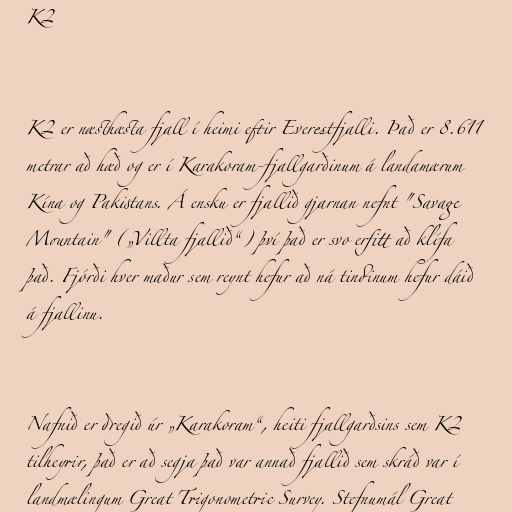
K2

K2 er næsthæsta fjall í heimi eftir Everestfjalli. Það er 8.611
metrar að hæð og er í Karakoram-fjallgarðinum á landamærum
Kína og Pakistans. Á ensku er fjallið gjarnan nefnt "Savage
Mountain" („Villta fjallið“) því það er svo erfitt að klífa
það. Fjórði hver maður sem reynt hefur að ná tindinum hefur dáið
á fjallinu.

Nafnið er dregið úr „Karakoram“, heiti fjallgarðsins sem K2
tilheyrir, það er að segja það var annað fjallið sem skráð var í
landmælingum Great Trigonometric Survey. Stefnumál Great